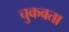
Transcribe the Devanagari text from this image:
चुकवता